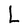
Character: L